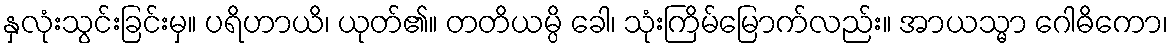
နှလုံးသွင်းခြင်းမှ။ ပရိဟာယိ၊ ယုတ်၏။ တတိယမ္ပိ ခေါ၊ သုံးကြိမ်မြောက်လည်း။ အာယသ္မာ ဂေါဓိကော၊